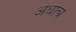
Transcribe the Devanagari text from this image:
अंधान्त्र